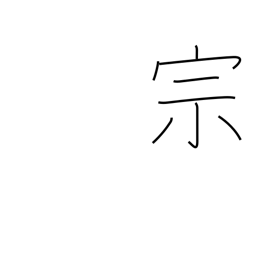
Meaning: sect